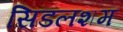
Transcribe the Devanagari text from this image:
सिडलशम